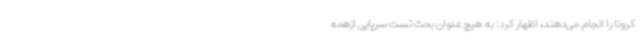
کرونا را انجام می‌دهند، اظهار کرد: به هیچ عنوان بحث تست سرپایی ازهمه